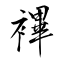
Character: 襅